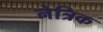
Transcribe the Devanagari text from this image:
नेत्रिक